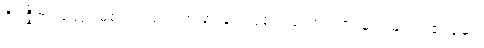
ဝိဝဇ္ဇိတံ၊ မယှဉ်မစပ် ကင်းပြတ်ခြားနားလှ၏။ မဟာရာဇ၊ မင်းမြတ်။ ဧဝမေဝ